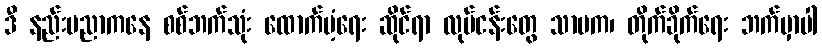
ဒီ နည်းပညာကနေ စစ်ဘက်သုံး ထောက်ပံ့ရေး ဆိုင်ရာ လုပ်ငန်းတွေ သာမက၊ တိုက်ခိုက်ရေး ဘက်မှာပါ